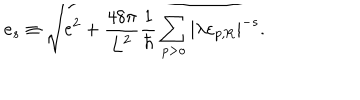
LaTeX: e _ { s } \equiv \sqrt { e ^ { 2 } + \frac { 4 8 \pi } { \mathrm { L } ^ { 2 } } \frac { 1 } { \hbar } \sum _ { p > o } | \lambda \varepsilon _ { p , \mathrm { R } } | ^ { - s } } .